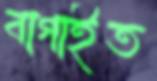
বাগাইত